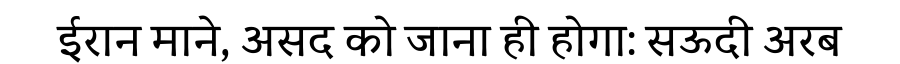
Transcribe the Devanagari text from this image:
ईरान माने, असद को जाना ही होगा: सऊदी अरब